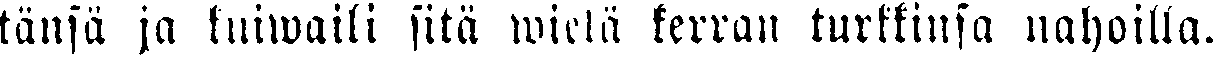
tänsä ja kuiwaili sitä wielä kerran turkkinsa nahoilla.